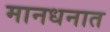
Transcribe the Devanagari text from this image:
मानधनात